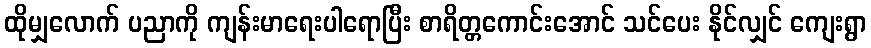
ထိုမျှလောက် ပညာကို ကျန်းမာရေးပါရောပြီး စာရိတ္တကောင်းအောင် သင်ပေး နိုင်လျှင် ကျေးရွာ